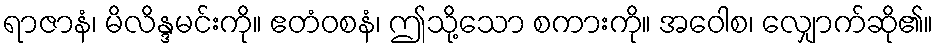
ရာဇာနံ၊ မိလိန္ဒမင်းကို။ ဧတံဝစနံ၊ ဤသို့သော စကားကို။ အဝေါစ၊ လျှောက်ဆို၏။